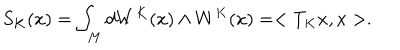
S _ { K } ( x ) = \int _ { M } d W ^ { K } ( x ) \wedge W ^ { K } ( x ) = < T _ { K } x , x > .